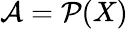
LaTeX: {\mathcal{A}}={\mathcal{P}}(X)